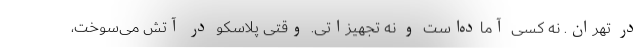
در تهران. نه کسی آماده‌است و نه تجهیزاتی. وقتی پلاسکو در آتش می‌سوخت،